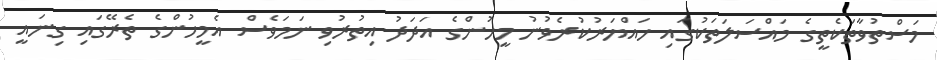
މަސްތުވާތަކެތީގެ މައްސަލަތަކުގައި ހައްޔަރުކުރެވުނު މީހުންގެ އަދަދު އިތުރުވި ނަމަވެސް އެމީހުންގެ ތެރޭގައި ގިނައީ